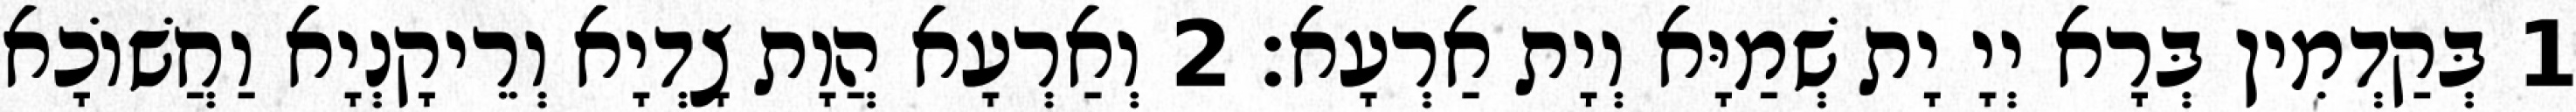
1 בְּקַדְמִין בְּרָא יְיָ יָת שְׁמַיָּא וְיָת אַרְעָא׃ 2 וְאַרְעָא הֲוָת צָדְיָא וְרֵיקָנְיָא וַחֲשׁוֹכָא